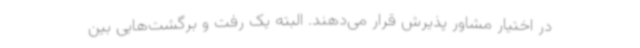
در اختیار مشاور پذیرش قرار می‌دهند. البته یک رفت و برگشت‌هایی بین